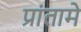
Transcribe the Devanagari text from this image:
प्रांतामे